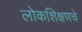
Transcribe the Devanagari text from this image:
लोकशिक्षणचे